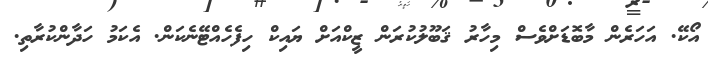
އޯކޭ. އަހަރެން މާބޮޑަށްވެސް މިހާރު ޤަބޫލުކުރަން ޒީކްއަށް ޔައިކް ހިފެހެއްޓޭނެކަން. އެކަމު ހަދާންކުރާތި.